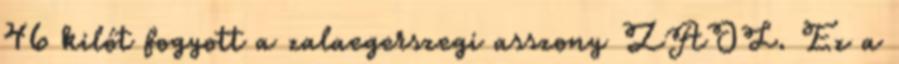
46 kilót fogyott a zalaegerszegi asszony ZAOL. Ez a